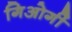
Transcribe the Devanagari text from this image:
गिओर्गी